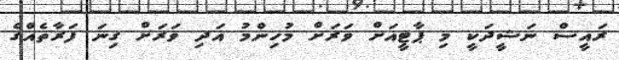
ރައީސް ނަޝީދަކީ މި ޕާޓީއަށް ވަރަށް މުހިންމު އަދި ވަރަށް ގިނަ ފަރާތެއްގެ